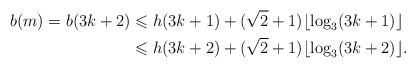
LaTeX: \begin{align*} b(m)=b(3k+2)& \leqslant h(3k+1)+(\sqrt{2}+1)\lfloor \log_3(3k+1)\rfloor\\ &\leqslant h(3k+2)+(\sqrt{2}+1)\lfloor \log_3(3k+2)\rfloor.\end{align*}